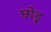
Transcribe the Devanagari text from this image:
छोड़ू